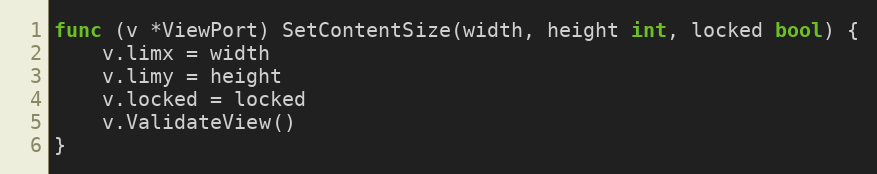
Language: Go
func (v *ViewPort) SetContentSize(width, height int, locked bool) {
	v.limx = width
	v.limy = height
	v.locked = locked
	v.ValidateView()
}